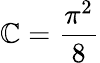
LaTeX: \mathbb{C}={\frac{{\pi^{2}}}{{8}}}